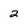
Character: 2